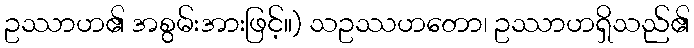
ဥဿာဟ၏ အစွမ်းအားဖြင့်။) သဥဿဟတော၊ ဥဿာဟရှိသည်၏